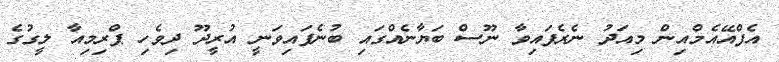
އެފްއޭއެމްއިން މިއަދު ނެރެފައިވާ ނޫސް ބަޔާނެއްގައި ބުނެފައިވަނީ އުރީދޫ ދިވެހި ޕްރިމިއާ ލީގުގެ